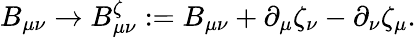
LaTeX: B_{\mu\nu}\rightarrow B_{\mu\nu}^{\zeta}:=B_{\mu\nu}+\partial_{\mu}\zeta_{\nu}-\partial_{\nu}\zeta_{\mu}.